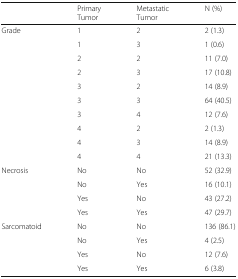
<table><thead><tr><td></td><td><b>Primary Tumor</b></td><td><b>Metastatic Tumor</b></td><td><b>N (%)</b></td></tr></thead><tbody><tr><td rowspan="10">Grade</td><td>1</td><td>2</td><td>2 (1.3)</td></tr><tr><td>1</td><td>3</td><td>1 (0.6)</td></tr><tr><td>2</td><td>2</td><td>11 (7.0)</td></tr><tr><td>2</td><td>3</td><td>17 (10.8)</td></tr><tr><td>3</td><td>2</td><td>14 (8.9)</td></tr><tr><td>3</td><td>3</td><td>64 (40.5)</td></tr><tr><td>3</td><td>4</td><td>12 (7.6)</td></tr><tr><td>4</td><td>2</td><td>2 (1.3)</td></tr><tr><td>4</td><td>3</td><td>14 (8.9)</td></tr><tr><td>4</td><td>4</td><td>21 (13.3)</td></tr><tr><td rowspan="4">Necrosis</td><td>No</td><td>No</td><td>52 (32.9)</td></tr><tr><td>No</td><td>Yes</td><td>16 (10.1)</td></tr><tr><td>Yes</td><td>No</td><td>43 (27.2)</td></tr><tr><td>Yes</td><td>Yes</td><td>47 (29.7)</td></tr><tr><td rowspan="4">Sarcomatoid</td><td>No</td><td>No</td><td>136 (86.1)</td></tr><tr><td>No</td><td>Yes</td><td>4 (2.5)</td></tr><tr><td>Yes</td><td>No</td><td>12 (7.6)</td></tr><tr><td>Yes</td><td>Yes</td><td>6 (3.8)</td></tr></tbody></table>